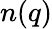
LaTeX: n(q)